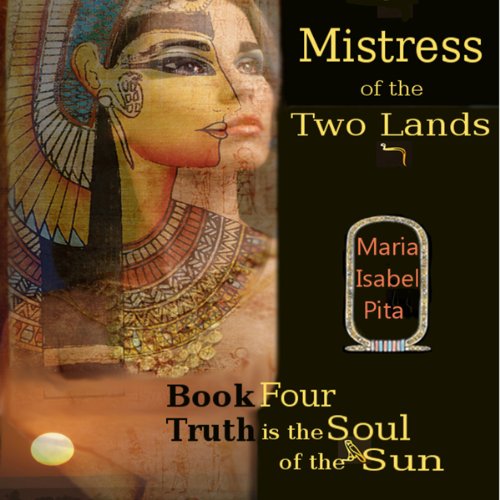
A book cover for Mistress of the Two Lands: Truth Is the Soul of the Sun, Book 4; Maria Isabel Pita; Romance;